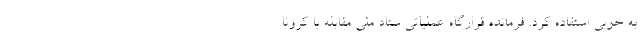
به خوبی استفاده کرد. فرمانده قرارگاه عملیاتی ستاد ملی مقابله با کرونا